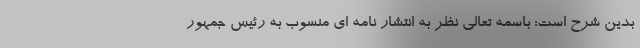
بدین شرح است: باسمه تعالی نظر به انتشار نامه ای منسوب به رئیس جمهور